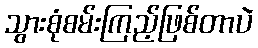
သွားစုံစမ်းကြည့်ဖြစ်တာပဲ